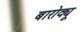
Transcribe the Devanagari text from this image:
बारोक्यू